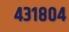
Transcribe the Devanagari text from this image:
४३१८०४